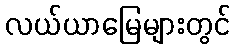
လယ်ယာမြေများတွင်